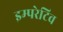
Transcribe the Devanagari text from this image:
इम्परेटिव